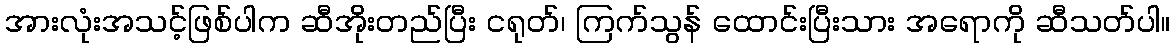
အားလုံးအသင့်ဖြစ်ပါက ဆီအိုးတည်ပြီး ငရုတ်၊ ကြက်သွန် ထောင်းပြီးသား အရောကို ဆီသတ်ပါ။